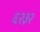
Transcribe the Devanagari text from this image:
६२३२